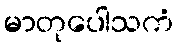
မာတုပေါသကံ